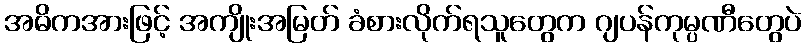
အဓိကအားဖြင့် အကျိုးအမြတ် ခံစားလိုက်ရသူတွေက ဂျပန်ကုမ္ပဏီတွေပဲ